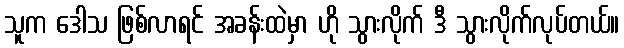
သူက ဒေါသ ဖြစ်လာရင် အခန်းထဲမှာ ဟို သွားလိုက် ဒီ သွားလိုက်လုပ်တယ်။